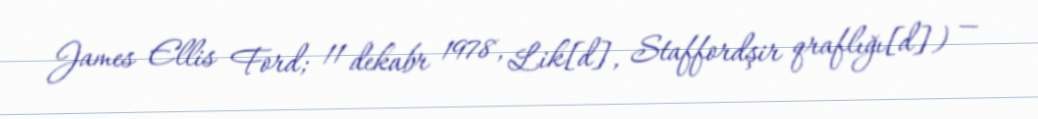
James Ellis Ford; 11 dekabr 1978, Lik[d], Staffordşir qraflığı[d]) —